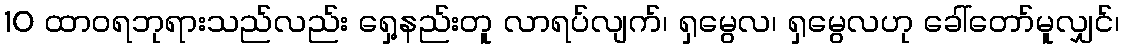
10 ထာဝရဘုရားသည်လည်း ရှေ့နည်းတူ လာရပ်လျက်၊ ရှမွေလ၊ ရှမွေလဟု ခေါ်တော်မူလျှင်၊